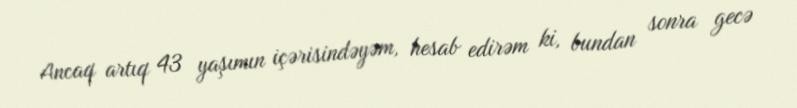
Ancaq artıq 43 yaşımın içərisindəyəm, hesab edirəm ki, bundan sonra gecə